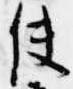
使